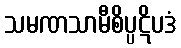
သမဏသာမီစိပ္ပဋိပဒံ